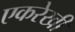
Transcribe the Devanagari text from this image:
एकरेखी